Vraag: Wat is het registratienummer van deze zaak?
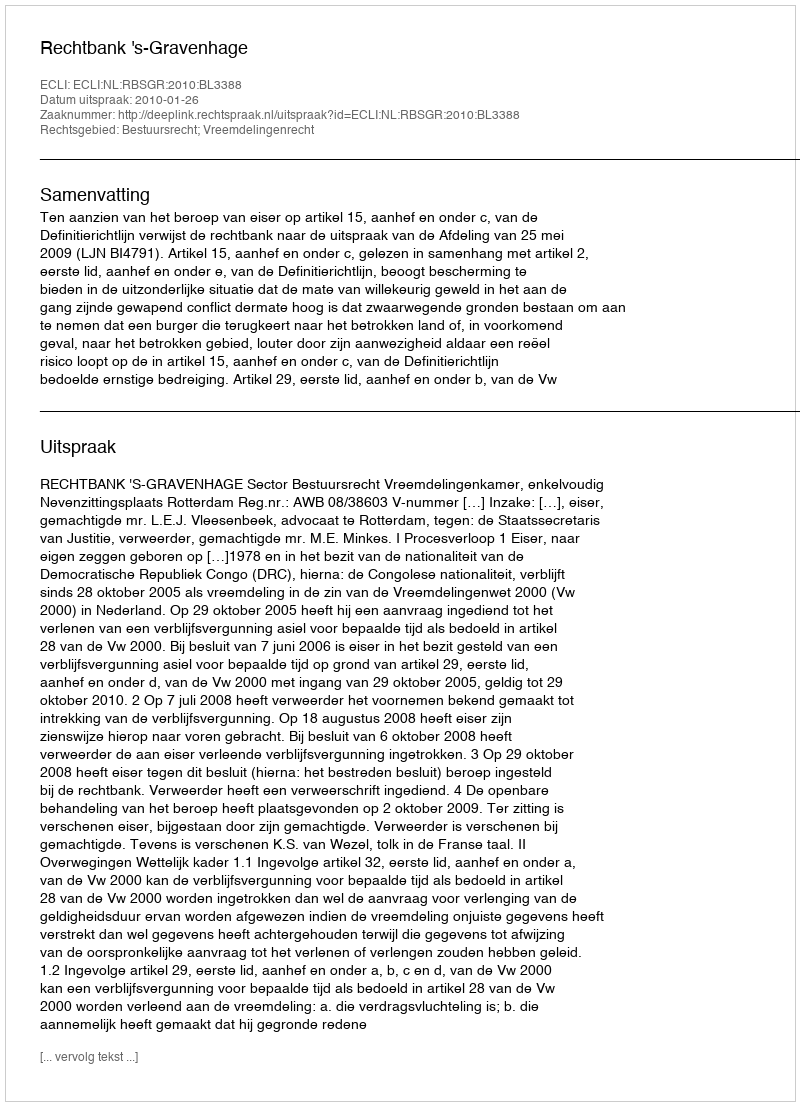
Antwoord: http://deeplink.rechtspraak.nl/uitspraak?id=ECLI:NL:RBSGR:2010:BL3388